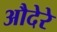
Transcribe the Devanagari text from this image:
औदेरे